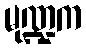
မုဏ္ဍက